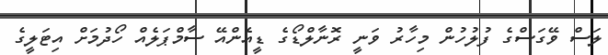
ލަސް ވޭގަސްގެ ފުލުހުން މިހާރު ވަނީ ރޮނާލްޑޯގެ ޑީއެންއޭ ސާމްޕަލެއް ހޯދުމަށް އިޓަލީގެ